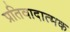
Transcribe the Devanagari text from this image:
प्रतिवादात्मक